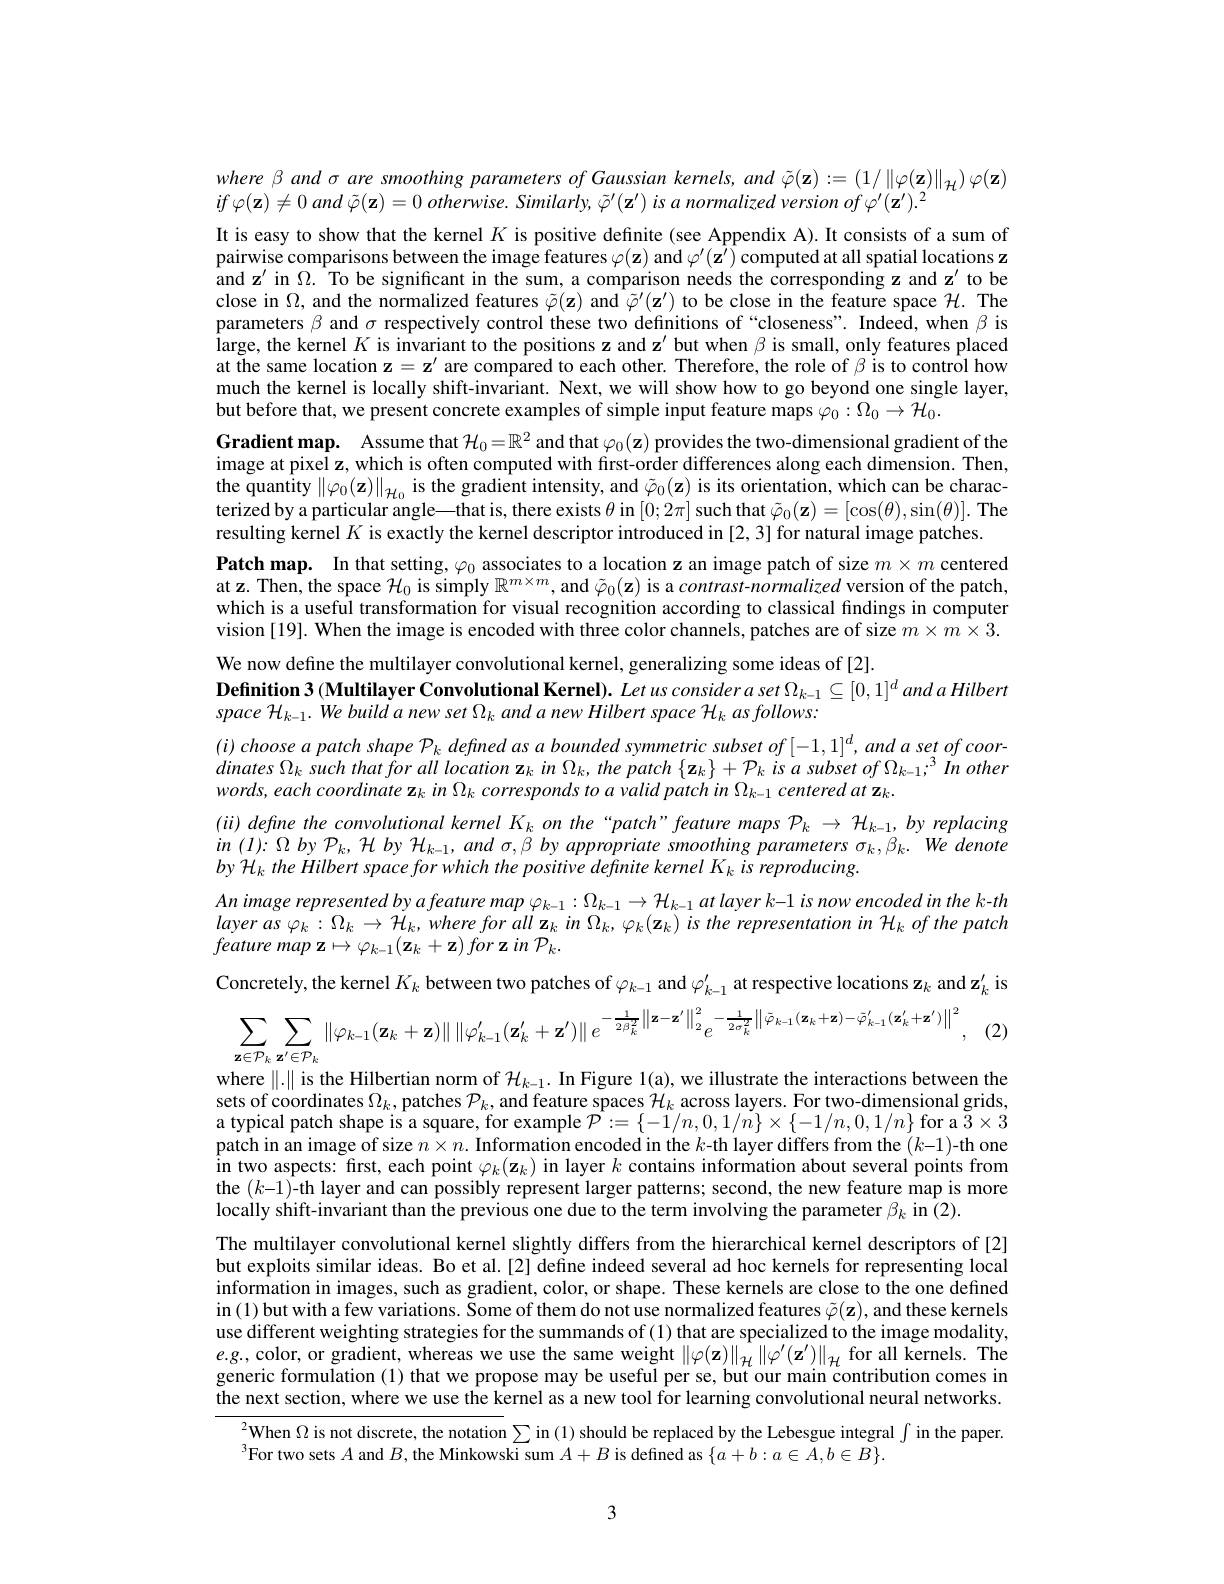
where $\beta$ and σ are smoothing parameters of Gaussian kernels, and $\tilde{\varphi}(\mathbf{z}):=(1/\|\varphi(\mathbf{z})\|_{\mathcal{H}})\varphi(\mathbf{z})$
$if\varphi(\mathbf{z})\neq0$ and $\tilde{\varphi } ( \mathbf{z} ) = 0\textit{ otherwise. Similarly, }\tilde{\varphi } ^{\prime }( \mathbf{z} ^{\prime })$ is a normalized version of $\varphi^\prime(\mathbf{z}^{\prime}).^2$
It is easy to show that the kernel $K$ is positive defnite (see Appendix A). It consists of a sum of pairwise comparisons between the image features $\varphi(\mathbf{z})$ and $\varphi^\prime(\mathbf{z}^{\prime})$ computed at all spatial locations z and $\mathbf{z}^\prime$ in $\Omega.$ To be significant in the sum, a comparison needs the corresponding z and z' to be close in $\Omega$, and the normalized features $\tilde{\varphi}(\mathbf{z})$ and $\tilde{\tilde{\varphi}}^\prime(\mathbf{z}^\prime)$ to be close in the feature space $\mathcal{H}.$ The parameters $\beta$ and $\sigma$ respectively control these two definitions of “closeness". Indeed, when $\beta$ is large, the kernel $K$ is invariant to the positions z and z'but when $\beta$ is small, only features placed at the same location z$=\mathbf{z}^\prime$ are compared to each other. Therefore, the role of $\beta$ is to contról how much the kernel is locally shift-invariant. Next, we will show how to go beyond one single layer, but before that, we present concrete examples of simple input feature maps $\varphi_0:\Omega_0\to\mathcal{H}_0.$
Gradient map. Assume that $\mathcal{H}_0=\mathbb{R}^2$ and that $\varphi_0(\mathbf{z})$ provides the two-dimensional gradient of the image at pixel z, which is often computed with first- order differences along each dimension. Then, image at pixel z, which is often computed with first- order differences along each dimension. Then, the quantity $\|\varphi_0(\mathbf{z})\|_{\mathcal{H}_0}$ is the gradient intensity, and $\tilde{\varphi}_0(\mathbf{z})$ is its orientation, which can be characterized by a particular angle—that is, there exists $\theta$ in $[0;2\pi]$ such that $\tilde{\varphi}_0(\mathbf{z})=[\cos(\theta),\sin(\theta)].$ The resulting kernel $K$ is exactly the kernel descriptor introduced in [2,3] for natural image patches.
Patch map. In that setting, $\varphi_0$ associates to a location z an image patch of size $m\times m$ centered at z. Then, the space $\mathcal{H}_0$ is simply $\mathbb{R}^m\times m$, and $\tilde{\varphi}_0(\mathbf{z})$ is a $contrast-normalized$ version of the patch, which is a useful transformation for visual recognition according to classical findings in computer vision [19]. When the image is encoded with three color channels, patches are of size $m\times m\times3.$

We now define the multilayer convolutional kernel, generalizing some ideas of [2].
Definition 3 (Multilayer Convolutional Kernel). Let us consider a set $\Omega_{k-1}\subseteq[0,1]^d$ and a Hilbert
space H$_k-1.$ We build a new set $\Omega_k$ and a new Hilbert space H$_k$ as follows:

$( i) chooseapatchshape$ $\mathcal{P} _k$ defined as a bounded symmetric subset of [-1,1] d, and a set of coor- $dinates\Omega _{k}$ such that for all location $\mathbf{z} _{k}$ $in$ $\Omega _{k}$, the patch $\{ \mathbf{z} _{k}\} + \mathcal{P} _{k}$ $is$ $a$ subset $of$ $\Omega _{k- 1}; ^{3}$ $In$ other $words,eachcoordinate\mathbf{z}_{k}$ in $\Omega _k\textit{ corresponds to a valid patch in }\Omega _{k- 1}\textit{centered at z}_{k}.$
$(ii)defnetheconvolutionalkernelK_konthe“patch”featuremapsP_k\rightarrow\mathcal{H}_{k-1},by$ replacing $in~(I):\Omega~by~\mathcal{P}_{k},~\mathcal{H}~by~\mathcal{H}_{k-1},~and~\sigma,\beta~by~appropriate~smoothing~parameters~\sigma_{k},\beta_{k}.~We~denote$ by H$_k$ the Hilbert space for which the positive definite kernel K is reproducing.
An image represented by $a$ feature map $\varphi _k- 1: \Omega _{k- 1}\to \mathcal{H} _{k- 1}at\textit{layer k- 1 is now encoded in the k- th}$ $layeras\varphi_{k}:\Omega_{k}\to\mathcal{H}_{k},whereforall\mathbf{z}_{k}in\Omega_{k},\varphi_{k}(\mathbf{z}_{k})$ is the representation in $\mathcal{H} _{k}\textit{of the patch}$ $\textit{feature map z}\mapsto \varphi _{k- 1}( \mathbf{z} _{k}+ \mathbf{z} ) \textit{for z in P}_{k}.$
Concretely, the kernel $K_k$ between two patches of $\varphi_k-1$ and $\varphi_{k-1}^{\prime}$ at respective locations $\mathbf{z}_k$ and $\mathbf{z}_k^{\prime}$ is
, (2)
$$\sum_{\mathbf{z}\in\mathcal{P}_{k}}\sum_{\mathbf{z}^{\prime}\in\mathcal{P}_{k}}\left\|\varphi_{k-1}(\mathbf{z}_{k}+\mathbf{z})\right\|\left\|\varphi_{k-1}^{\prime}(\mathbf{z}_{k}^{\prime}+\mathbf{z}^{\prime})\right\|e^{-\frac{1}{2\beta_{k}^{2}}\left\|\mathbf{z}-\mathbf{z}^{\prime}\right\|_{2}^{2}}e^{-\frac{1}{2\sigma_{k}^{2}}\left\|\tilde{\varphi}_{k-1}(\mathbf{z}_{k}+\mathbf{z})-\tilde{\varphi}_{k-1}^{\prime}(\mathbf{z}_{k}^{\prime}+\mathbf{z}^{\prime})\right\|^{2}},$$
where $\|.\|$ is the Hilbertian norm of $\mathcal{H}_k-1.$ In Figure 1(a), we illustrate the interactions between the sets of coordinates $\Omega_k$, patches $\mathcal{P}_k$, and feature spaces $\mathcal{H}_k$ across layers. For two-dimensional grids, a typical patch shape is a square, for example $\mathcal{P}:=\{-\tilde{1}/n,0,1/\tilde{n}\}\times\{-1/n,0,1/n\}$ for a $\tilde{3}\times3$ patch in an image of size $n\times n.$ Information encoded in the $k$-th layer differs from the $(k-1)$-th one $\hat{\text{in two aspects: first, each point }\varphi_k(\mathbf{z}_k)\text{ in layer }k\text{ contains information about several points from}}$ the $(k-1)$-th layer and can possibly represent larger patterns; second, the new feature map is more locally shift-invariant than the previous one due to the term involving the parameter $\beta_k$ in (2).
The multilayer convolutional kernel slightly differs from the hierarchical kernel descriptors of [2] but exploits similar ideas. Bo et al.[2] define indeed several ad hoc kernels for representing local $\hat{\text{information in images, such as gradient, color, or shape. These kernels are close to the one defined}}$ in (1)but with a few variations. Šome of them do not use normalized features $\tilde{\varphi}(\mathbf{z})$, and these kernels use different weighting strategies for the summands of (1) that are specialized to the image modality, $e.g.$,color, or gradient, whereas we use the same weight $\|\varphi(\mathbf{z})\|_{\mathcal{H}}\|\varphi^{\prime}(\mathbf{z}^{\prime})\|_{\mathcal{H}}$ for all kernels. The generic formulation (1) that we propose may be useful per se, but our main contribution comes in the next section, where we use the kernel as a new tool for learning convolutional neural networks.
$^{2}$When $\Omega$ is not discrete, the notation $\sum$ in (1) should be replaced by the Lebesgue integral$\int$ in the paper.
$^{3}$For two sets $A$ and $B$,the Minkowski sum $A+B$ is defined as $\{a+b:a\in A,b\in B\}.$

3